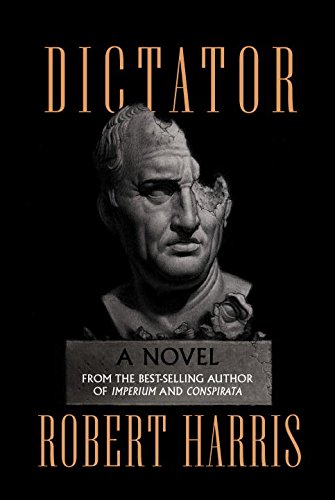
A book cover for Dictator: A novel (Cicero Trilogy); Robert Harris; Mystery, Thriller & Suspense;